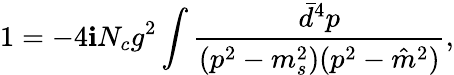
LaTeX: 1=-4\mathbf{i}N_{c}g^{2}\int\frac{{\bar{{d}}^{4}p}}{{(p^{2}-m_{s}^{2})(p^{2}-\hat{{m}}^{2})}},